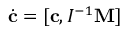
\dot { \bf c } = [ { \bf c } , I ^ { - 1 } { \bf M } ]